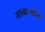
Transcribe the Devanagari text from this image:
मानाजीने